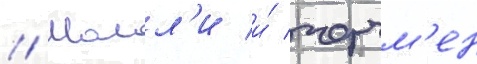
// Молл'и и́ черчм'ен